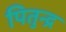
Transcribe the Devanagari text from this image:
पितुन्द्र